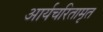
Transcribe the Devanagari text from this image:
आर्यचरितामृत